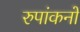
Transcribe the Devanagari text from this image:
रुपांकनों